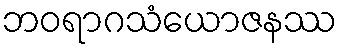
ဘဝရာဂသံယောဇနဿ